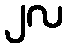
၂လ